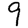
Digit: 9